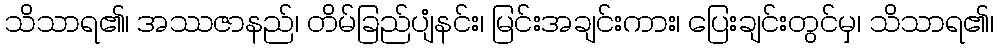
သိသာရ၏၊ အဿဇာနည်၊ တိမ်ခြည်ပျံနင်း၊ မြင်းအချင်းကား၊ ပြေးချင်းတွင်မှ၊ သိသာရ၏၊